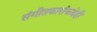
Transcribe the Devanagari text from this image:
संगीतकारांकडेही